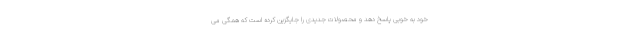
خود به خوبی پاسخ دهد و محصولات جدیدی را جایگزین کرده است که همگی می